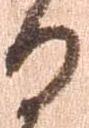
る